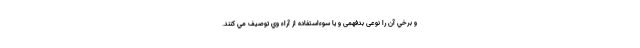
و برخي آن را نوعی بدفهمی و يا سوءاستفاده از آراء وي توصيف مي كنند.